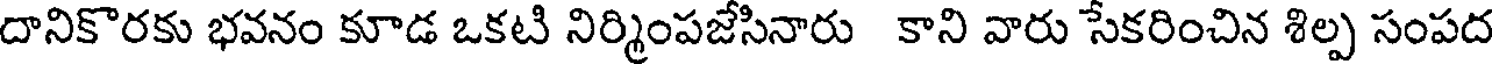
దానికొరకు భవనం కూడ ఒకటి నిర్మింపజేసినారు కాని వారు సేకరించిన శిల్ప సంపద